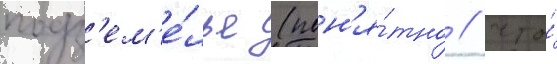
подз'ем'е́лье (пон'я́тно / что́